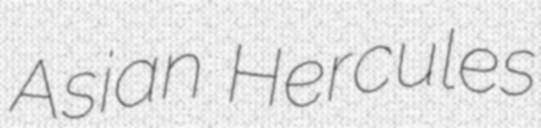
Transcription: Asian Hercules